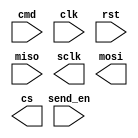
module sdcard(
	input [47:0] cmd,
	input clk,send_en,rst,miso,
	output sclk,mosi,cs
	);
	
endmodule